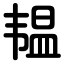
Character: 韫